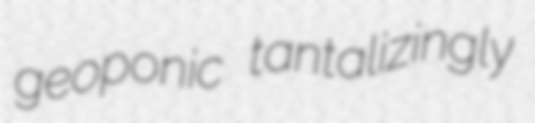
geoponic tantalizingly